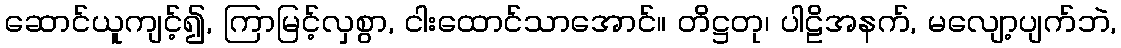
ဆောင်ယူကျင့်၍, ကြာမြင့်လှစွာ, ငါးထောင်သာအောင်။ တိဋ္ဌတု၊ ပါဠိအနက်, မလျော့ပျက်ဘဲ,